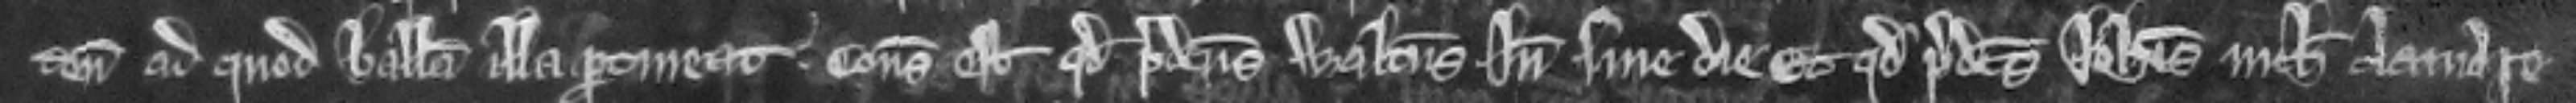
tenementum ad quod balliva illa pertineat. consideratum est quod predictus Walterus inde sine die Et quod predictus Iohannis nichil clamare